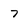
Character: 7